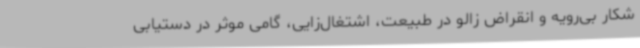
شکار بی‌رویه و انقراض زالو در طبیعت، اشتغال‌زایی، گامی موثر در دستیابی